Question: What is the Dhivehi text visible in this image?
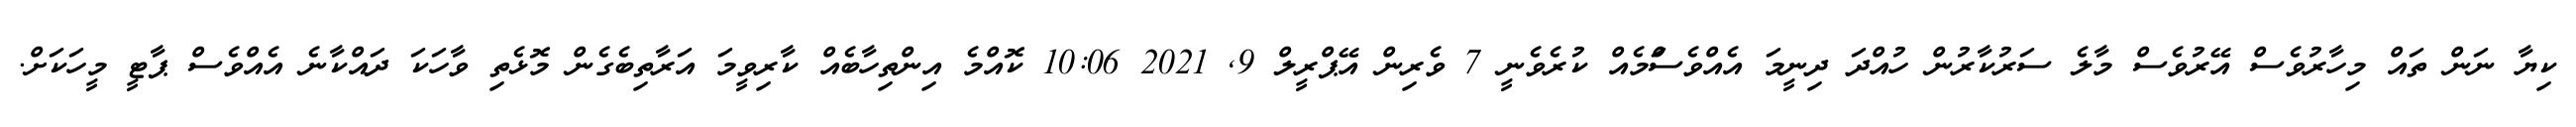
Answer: ކިޔާ ނަން ތައް މިހާރުވެސް އޭރުވެސް މާލެ ސަރުކާރުން ހުއްދަ ދިނީމަ އެއްވެސްަމެއް ކުރެވެނީ 7 ވެރިން އޭޕްރީލް 9, 2021 10:06 ކޮއްމެ އިންތިހާބެއް ކާރިވީމަ އަރާތިބެގެން މޮޅެތި ވާހަކަ ދައްކާނެ އެއްވެސް ޕާޓީ މީހަކަށް.